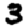
Digit: 3